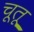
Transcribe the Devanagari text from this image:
चूतू